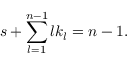
s + \sum _ { l = 1 } ^ { n - 1 } l k _ { l } = n - 1 .